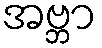
အဗ္ဘာ